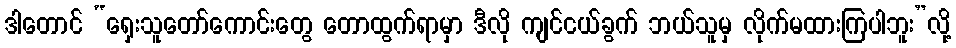
ဒါတောင် “ရှေးသူတော်ကောင်းတွေ တောထွက်ရာမှာ ဒီလို ကျင်ငယ်ခွက် ဘယ်သူမှ လိုက်မထားကြပါဘူး”လို့